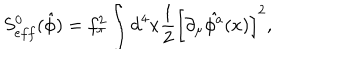
S _ { e f f } ^ { 0 } ( \hat { \phi } ) = f _ { \pi } ^ { 2 } \int \mathrm { d } ^ { 4 } x \frac { 1 } { 2 } \left[ \partial _ { \mu } \hat { \phi ^ { a } } ( x ) \right] ^ { 2 } ,